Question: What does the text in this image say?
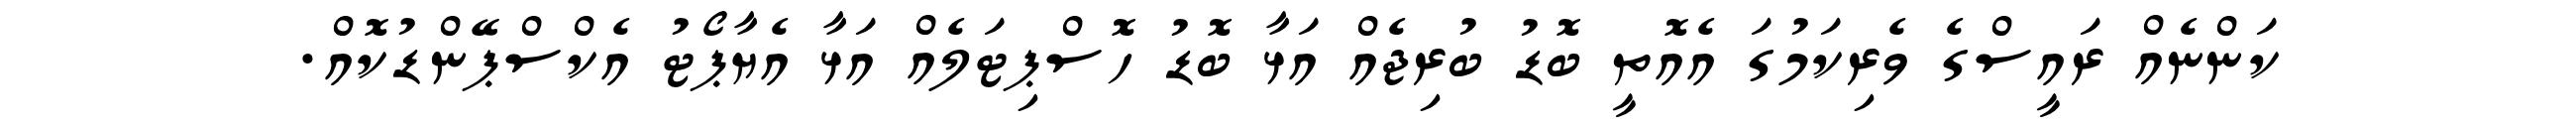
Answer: ކަންނެއް ރައީސްގެ ވެރިކަމުގަ އެއޮތީ ބޮޑު ބުރިޖެއް އަޅާ ބޮޑު ހޮސްޕިޓަލެއް އަޅާ އެޔާޕޯޓު އެކްސްޕޭންޑުކޮއް.